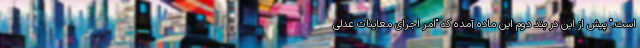
است." پیش از این در بند دوم این ماده آمده که "امر اجرای معاینات عدلی